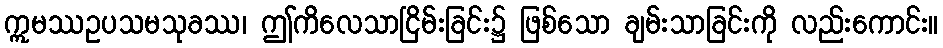
ဣမဿဥပသမသုခဿ၊ ဤကိလေသာငြိမ်းခြင်း၌ ဖြစ်သော ချမ်းသာခြင်းကို လည်းကောင်း။